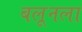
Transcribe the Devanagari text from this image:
बलूनला